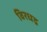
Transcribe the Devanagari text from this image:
विरधद्र